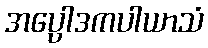
အပ္ပေါဒကပါယာသံ